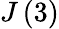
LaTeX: J\left(3\right)